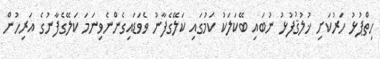
ހިތްޕުޅު ހަރުކަށި ޚުލުޤުފުޅު ނުބައި ބޭކަލަކު ކަމުގައި ކަލޭގެފާނު ވެވަޑައިގެންނެވިނަމަ ކަލޭގެފާނުގެ އަރިހުން